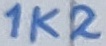
Text: 1K2